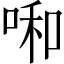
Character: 啝